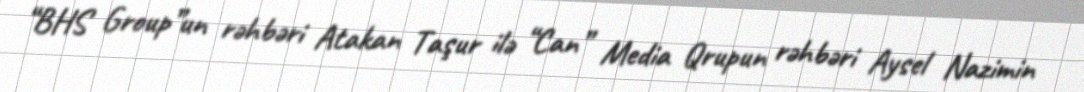
“BHS Group”un rəhbəri Atakan Taşur ilə “Can” Media Qrupun rəhbəri Aysel Nazimin